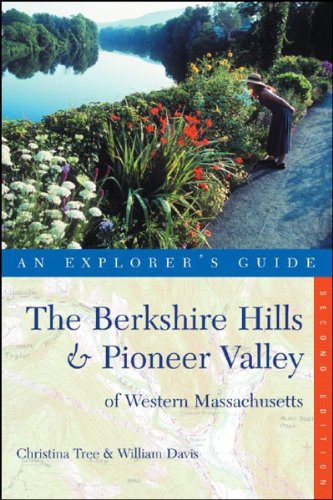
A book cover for Explorer's Guide The Berkshire Hills & Pioneer Valley of Western Massachusetts (Second Edition)  (Explorer's Complete); Christina Tree; Travel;